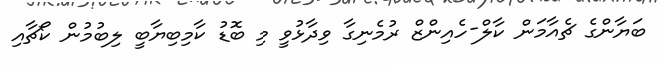
ބަޔާންގެ ޗެއާމަން ކާލް-ހެއިންޒް ރުމެނިގާ ވިދާޅުވީ މި ބޮޑު ކާމިބިޔާބީ ލިބުމުން ކޯޗާއި